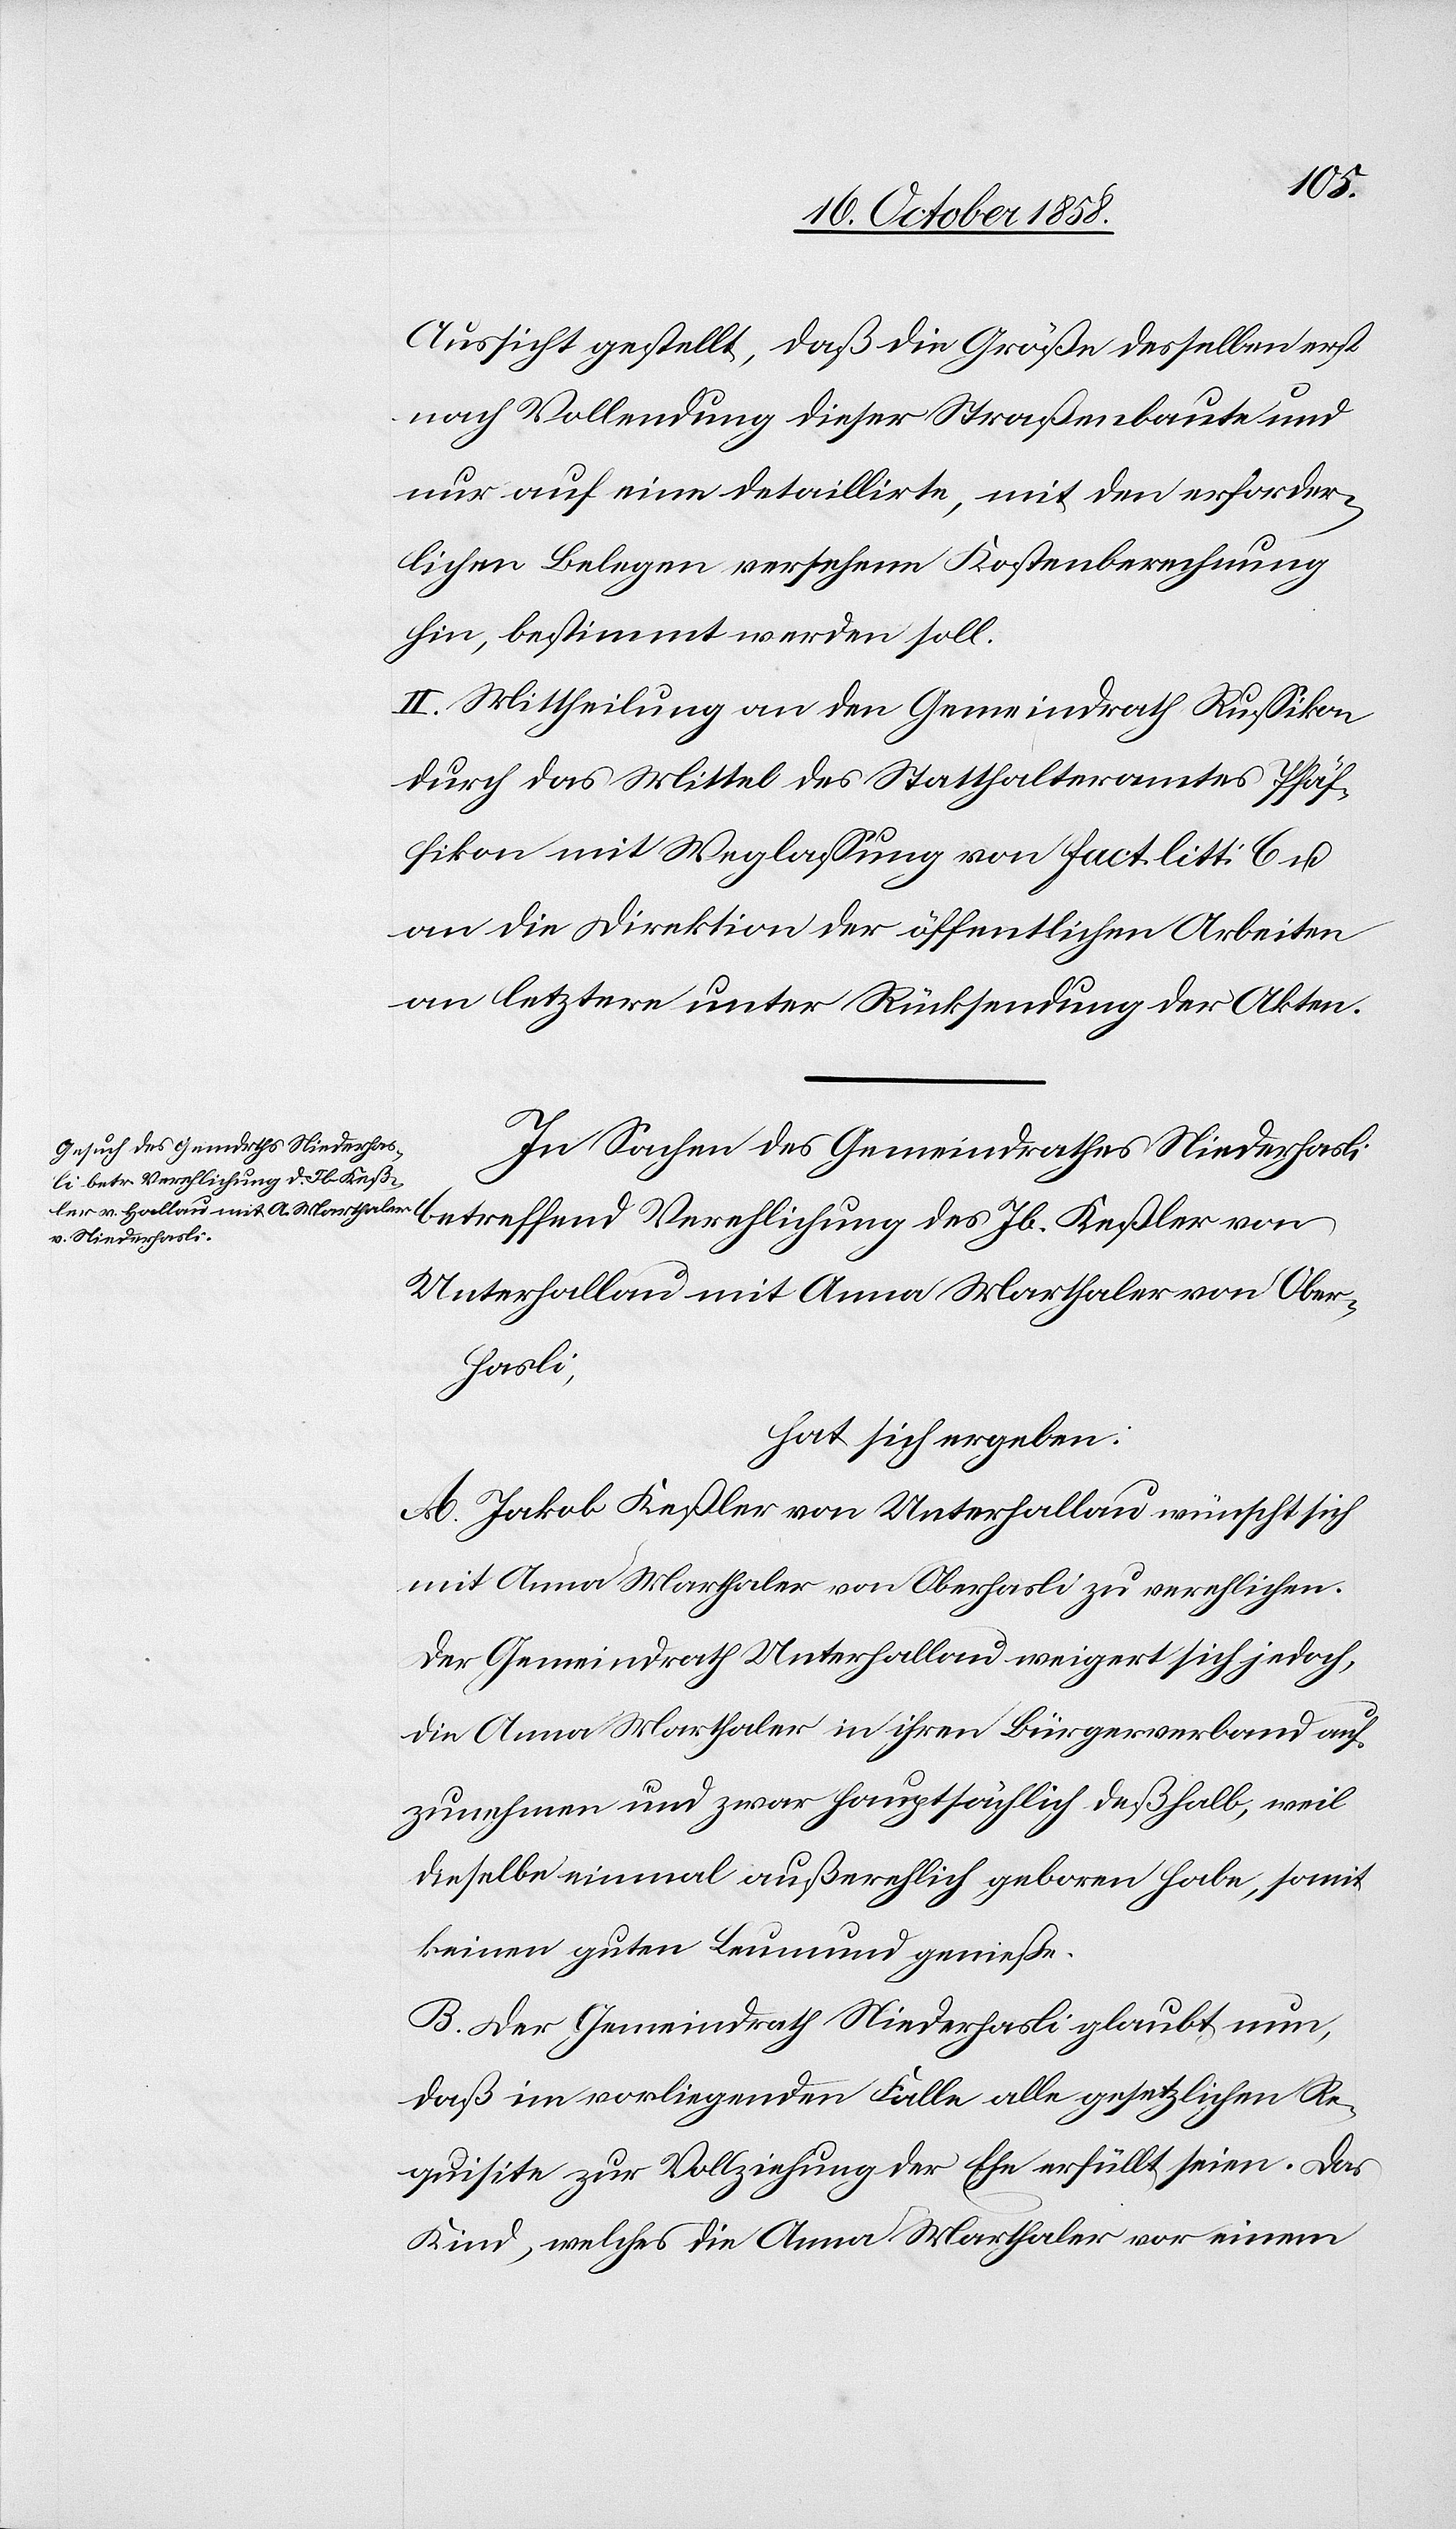
Aussicht gestellt, daß die Größe desselben erst
nach Vollendung dieser Straßenbaute und
nur auf eine detaillirte, mit den erforder¬
lichen Belegen versehene Kostenberechnung
hin, bestimmt werden soll.
II. Mittheilung an den Gemeindrath Russikon
durch das Mittel des Statthalteramtes Pfäf¬
fikon mit Weglassung von Fact. litt. C u.
an die Direktion der öffentlichen Arbeiten
an letztere unter Rücksendung der Akten.
In Sachen des Gemeindrathes Niederhasli
betreffend Verehlichung des Jb. Keßler von
Unterhallau mit Anna Marthaler von Ober¬
hasli,
hat sich ergeben:
A. Jakob Keßler von Unterhallau wünscht sich
mit Anna Marthaler von Oberhasli zu verehlichen.
Der Gemeindrath Unterhallau weigert sich jedoch,
die Anna Marthaler in ihren Bürgerverband auf¬
zunehmen und zwar hauptsächlich deßhalb, weil
dieselbe einmal außerehlich geboren habe, somit
keinen guten Leumund genieße.
B. Der Gemeindrath Niederhasli glaubt nun,
daß im vorliegenden Falle alle gesetzlichen Re¬
quisite zur Vollziehung der Ehe erfüllt seien. Das
Kind, welches die Anna Marthaler vor einem